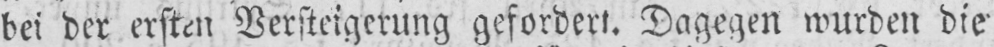
bei der ersten Versteigerung gefordert. Dagegen wurden die